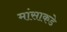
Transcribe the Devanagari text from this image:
मांसाकडे